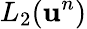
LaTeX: L_{2}(\mathbf{u}^{n})